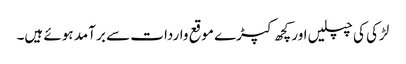
لڑکی کی چپلیں اور کچھ کپڑے موقع واردات سے بر آمد ہوئے ہیں۔